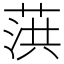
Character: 葓